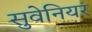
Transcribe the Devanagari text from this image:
सुवेनियर